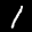
Label: 1